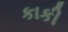
કાકી